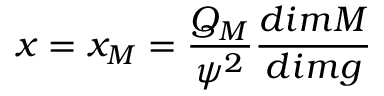
x = x _ { M } = \frac { Q _ { M } } { { \psi } ^ { 2 } } \frac { d i m M } { d i m g }